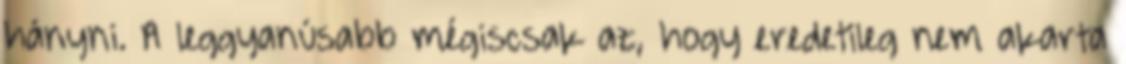
hányni. A leggyanúsabb mégiscsak az, hogy eredetileg nem akarta